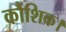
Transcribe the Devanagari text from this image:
कौशिक।